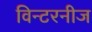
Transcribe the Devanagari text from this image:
विन्टरनीज